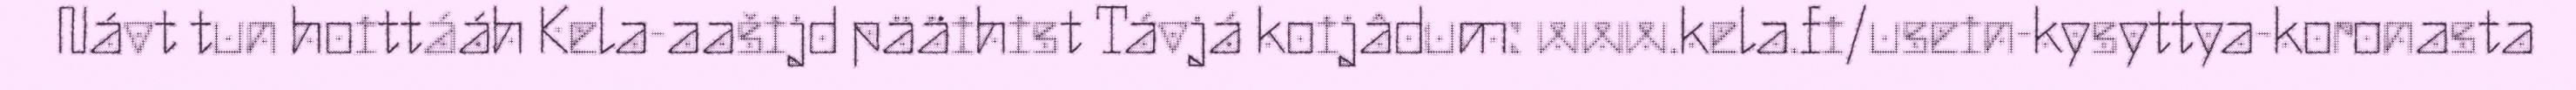
Návt tun hoittááh Kela-aašijd pääihist Távjá koijâdum: www.kela.fi/usein-kysyttya-koronasta